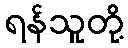
ရန်သူတို့